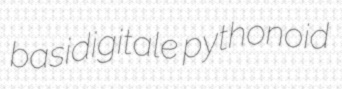
basidigitale pythonoid